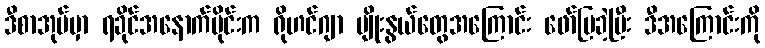
ဒီစာအုပ်မှာ ရခိုင်အနောက်ပိုင်းက ရိုဟင်ဂျာ မျိုးနွယ်တွေအကြောင်း ဖော်ပြခဲ့ပြီး ဒီအကြောင်းကို